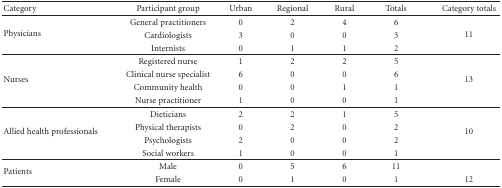
| Category | Participant group | Urban | Regional | Rural | Totals | Category totals |
 | --- | --- | --- | --- | --- | --- | --- |
 | <ROWSPAN=3> Physicians | General practitioners | 0 | 2 | 4 | 6 | <ROWSPAN=3> 11 |
 | Cardiologists | 3 | 0 | 0 | 3 |
 | Internists | 0 | 1 | 1 | 2 |
 | <ROWSPAN=4> Nurses | Registered nurse | 1 | 2 | 2 | 5 | <ROWSPAN=4> 13 |
 | Clinical nurse specialist | 6 | 0 | 0 | 6 |
 | Community health | 0 | 0 | 1 | 1 |
 | Nurse practitioner | 1 | 0 | 0 | 1 |
 | <ROWSPAN=4> Allied health professionals | Dieticians | 2 | 2 | 1 | 5 | <ROWSPAN=4> 10 |
 | Physical therapists | 0 | 2 | 0 | 2 |
 | Psychologists | 2 | 0 | 0 | 2 |
 | Social workers | 1 | 0 | 0 | 1 |
 | <ROWSPAN=2> Patients | Male | 0 | 5 | 6 | 11 | <ROWSPAN=2> 12 |
 | Female | 0 | 1 | 0 | 1 |